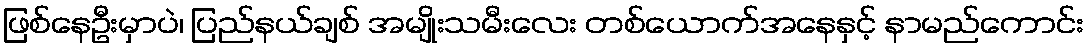
ဖြစ်နေဦးမှာပဲ၊ ပြည်နယ်ချစ် အမျိုးသမီးလေး တစ်ယောက်အနေနှင့် နာမည်ကောင်း